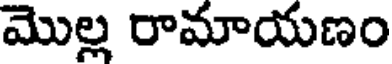
మొల్ల రామాయణం